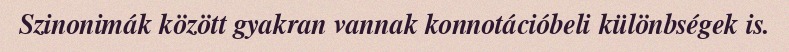
Szinonimák között gyakran vannak konnotációbeli különbségek is.